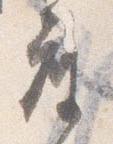
座